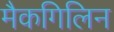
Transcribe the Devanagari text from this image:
मैकगिलिन